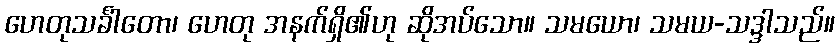
ဟေတုသင်္ခါတော၊ ဟေတု အနက်ရှိ၏ဟု ဆိုအပ်သော။ သမယော၊ သမယ-သဒ္ဒါသည်။